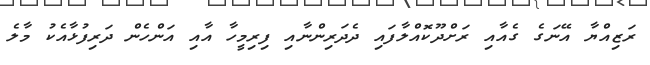
ރަޒިއްޔާ އޭނަގެ ގެއާއި ރަށްދޫކޮއްލާފައި ދެދަރިންނާއި ފިރިމީހާ އާއި އަންހެން ދަރިފުޅާއެކު މާލެ